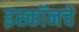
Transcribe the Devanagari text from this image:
इस्कॉनचे